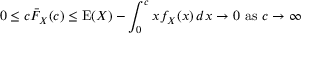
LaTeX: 0 \leq c { \bar { F } } _ { X } ( c ) \leq \operatorname { E } ( X ) - \int _ { 0 } ^ { c } x f _ { X } ( x ) \, d x \to 0 { \mathrm { ~ a s ~ } } c \to \infty